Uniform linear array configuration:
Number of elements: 4
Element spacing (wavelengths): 0.75
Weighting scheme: kaiser
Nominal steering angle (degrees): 0
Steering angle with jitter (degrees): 0.2556
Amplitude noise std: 0.05
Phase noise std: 0.05

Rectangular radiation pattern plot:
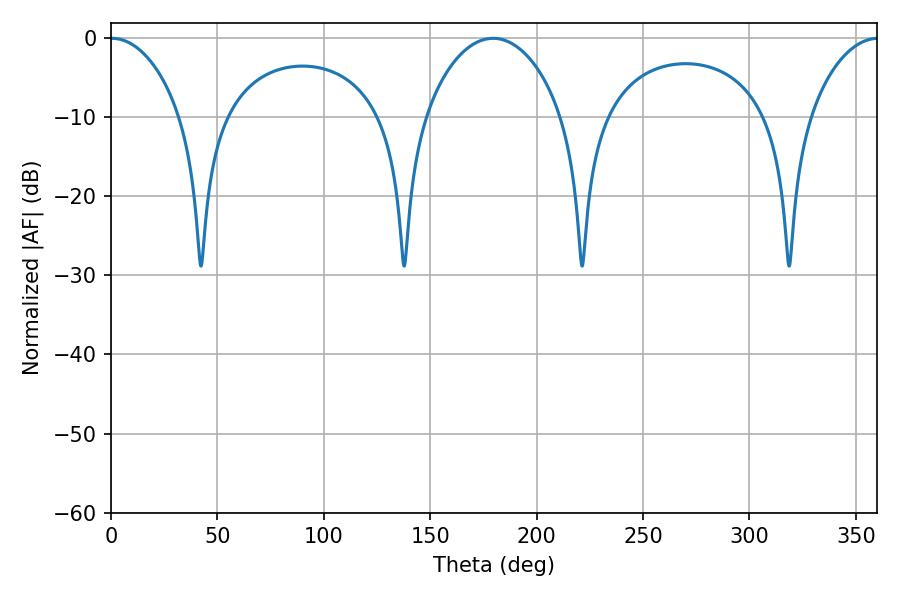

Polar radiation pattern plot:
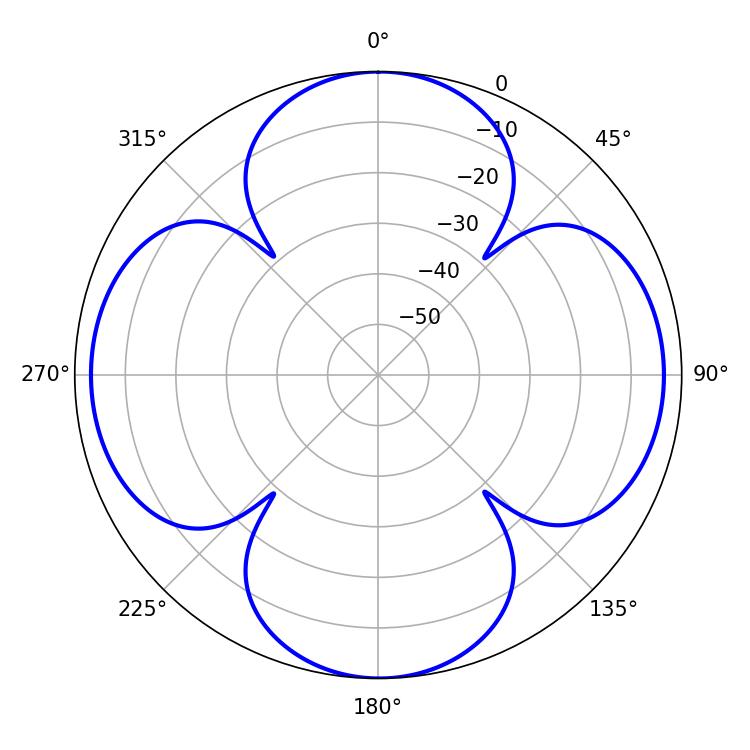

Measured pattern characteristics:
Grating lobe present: TRUE
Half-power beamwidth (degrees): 18.72
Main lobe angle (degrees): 0.36